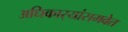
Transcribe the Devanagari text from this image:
अधिकार्‍यांसमवेत